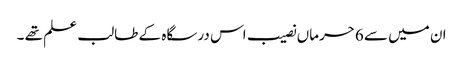
ان میں سے 6حرماں نصیب اس درسگاہ کے طالب علم تھے ۔